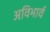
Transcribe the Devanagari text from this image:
अविभार्व